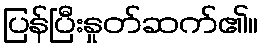
ပြန်ပြီးနှုတ်ဆက်၏။